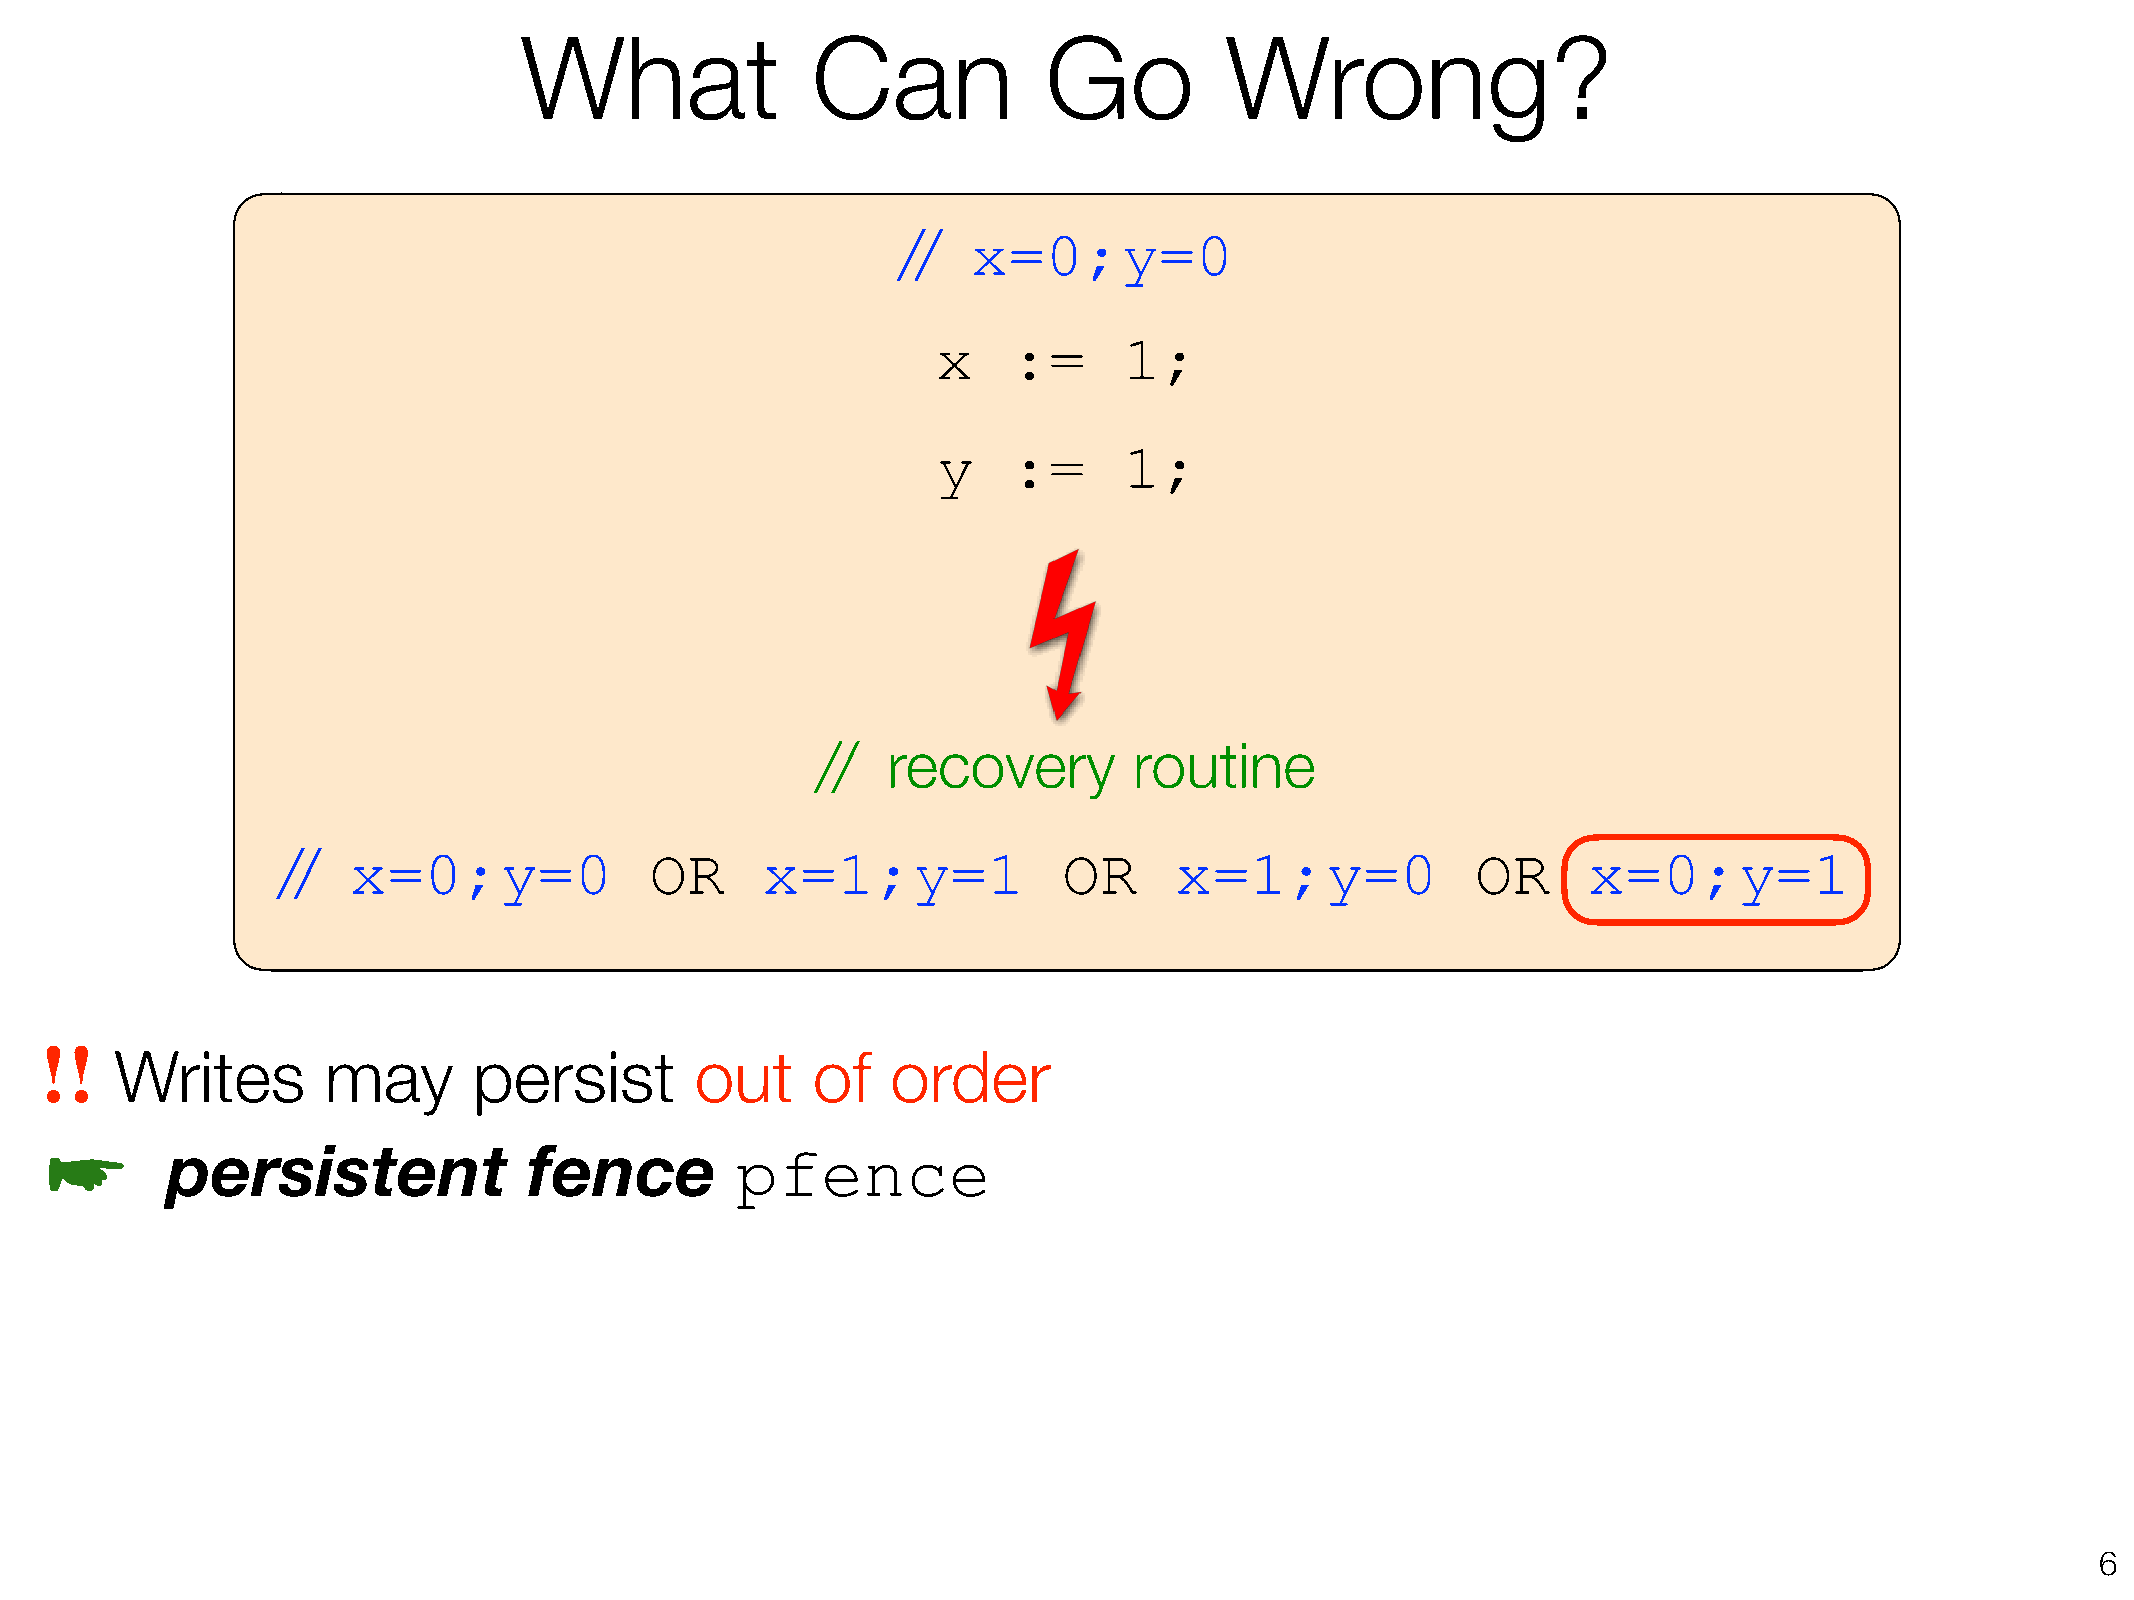
What                Can            Go          Wrong?
 //   x=0;y=0
 x    :=     1;
 y    :=     1;
 //   recovery        routine
 //   x=0;y=0             OR     x=1;y=1             OR      x=1;y=0             OR     x=0;y=1
 !!
 Writes       may       persist        out     of   order
 ☛       persistent              fence         pfence
 !6